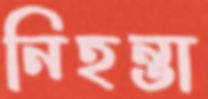
নিহন্তা